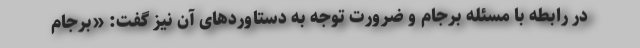
در رابطه با مسئله برجام و ضرورت توجه به دستاورد‌های آن نیز گفت: «برجام